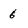
Character: 6